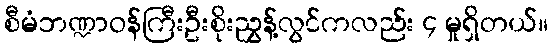
စီမံဘဏ္ဍာဝန်ကြီးဦးစိုးညွှန့်လွင်ကလည်း ၄ မှုရှိတယ်။